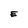
Character: E